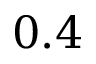
0 . 4